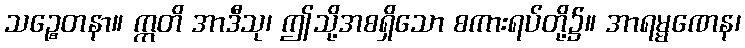
သဉ္စေတနာ။ ဣတိ အာဒီသု၊ ဤသို့အစရှိသော စကားရပ်တို့၌။ အာရမ္မဏေန၊